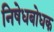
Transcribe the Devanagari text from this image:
निषेधबोधक